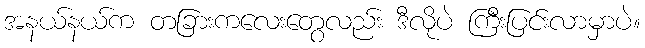
အနယ်နယ်က တခြားကလေးတွေလည်း ဒီလိုပဲ ကြီးပြင်းလာမှာပဲ။